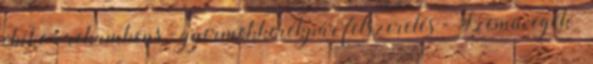
ebike - rekumbens - gyermekkerékpár felszerelés - Szemüvegek